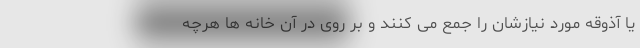
یا آذوقه مورد نیازشان را جمع می کنند و بر روی در آن خانه ها هرچه